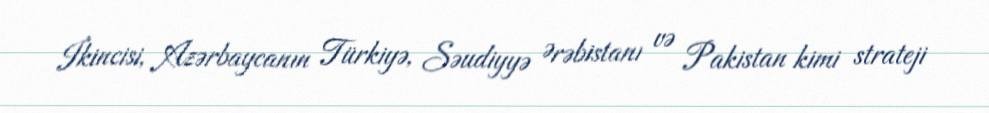
İkincisi, Azərbaycanın Türkiyə, Səudiyyə Ərəbistanı və Pakistan kimi strateji